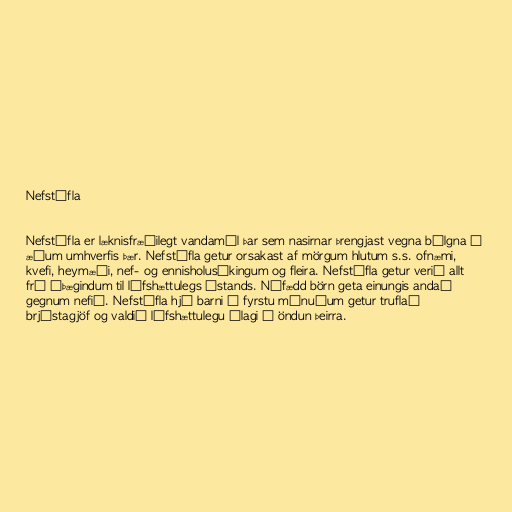
Nefstífla

Nefstífla er læknisfræðilegt vandamál þar sem nasirnar þrengjast vegna bólgna í
æðum umhverfis þær. Nefstífla getur orsakast af mörgum hlutum s.s. ofnæmi,
kvefi, heymæði, nef- og ennisholusýkingum og fleira. Nefstífla getur verið allt
frá óþægindum til lífshættulegs ástands. Nýfædd börn geta einungis andað
gegnum nefið. Nefstífla hjá barni á fyrstu mánuðum getur truflað
brjóstagjöf og valdið lífshættulegu álagi á öndun þeirra.